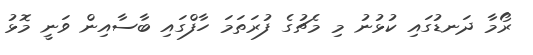
ރޯމާ ދަނޑުގައި ކުޅުނު މި މެޗުގެ ފުރަތަމަ ހާފްގައި ބާސާއިން ވަނީ މޮޅު